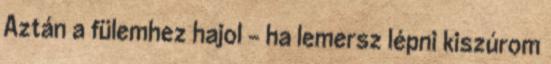
Aztán a fülemhez hajol - ha lemersz lépni kiszúrom